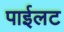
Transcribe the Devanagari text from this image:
पाईलट